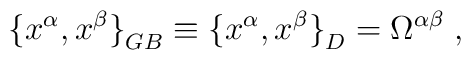
{\{ x^\alpha,x^\beta \} }_{GB} \equiv {\{ x^\alpha,x^\beta \} }_{D} =\Omega^{\alpha\beta}\;,